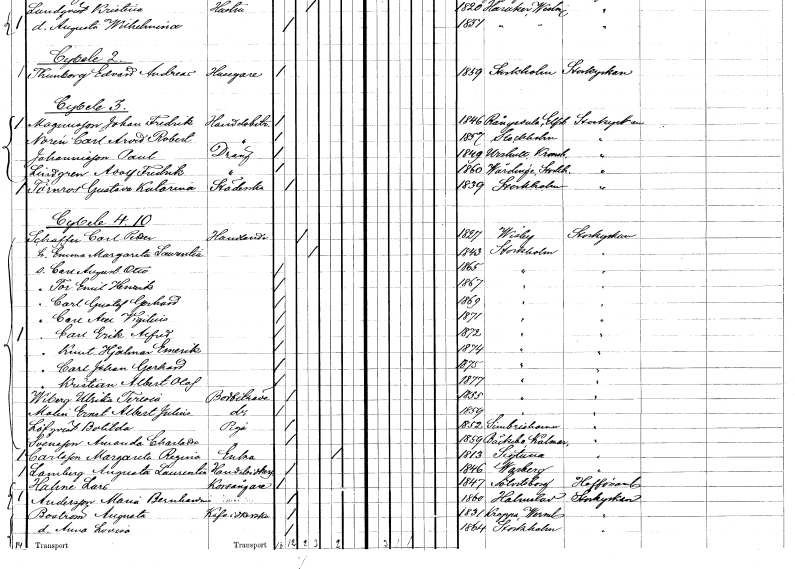
gt_parse: households: individuals: FN: Paul
EN: Johannisson
YRKE: Dräng
KON: M
CIV: O
FODAR: 1849
FODFORS: Urshult Kronobergs län
FN: Adolf Fredrik
EN: Lindgren
YRKE: Dräng
KON: M
CIV: O
FODAR: 1860
FODFORS: Vårdinge Stockholms län
FN: Gustava Katarina
EN: Törnros
YRKE: Städerska
KON: K
CIV: O
FODAR: 1839
FODFORS: Stockholm
FN: Carl Petter
EN: Schaffer
YRKE: Handlande
KON: M
CIV: G
FODAR: 1817
FODFORS: Visby Gotlands län
FN: Emma Margareta Laurentia
KON: K
CIV: G
FODAR: 1843
FODFORS: Stockholm
FN: Carl August Otto
KON: M
CIV: O
FODAR: 1865
FODFORS: Stockholm
FN: Tor Emil Henrik
KON: M
CIV: O
FODAR: 1867
FODFORS: Stockholm
FN: Carl Gustaf Gerhard
KON: M
CIV: O
FODAR: 1869
FODFORS: Stockholm
FN: Carl Axel Vigilius
KON: M
CIV: O
FODAR: 1871
FODFORS: Stockholm
FN: Carl Erik Alfred
KON: M
CIV: O
FODAR: 1872
FODFORS: Stockholm
FN: Knut Hjalmar Emerik
KON: M
CIV: O
FODAR: 1874
FODFORS: Stockholm
FN: Carl Johan Gerhard
KON: M
CIV: O
FODAR: 1875
FODFORS: Stockholm
FN: Kristian Albert Olof
KON: M
CIV: O
FODAR: 1877
FODFORS: Stockholm
FN: Ulrika Teresia
EN: Wiberg
YRKE: Bodbiträde
KON: K
CIV: O
FODAR: 1855
FODFORS: Stockholm
FN: Ernst Albert Julius
EN: Molin
YRKE: Bodbiträde
KON: M
CIV: O
FODAR: 1859
FODFORS: Stockholm
FN: Botilda
EN: Löfqvist
YRKE: Piga
KON: K
CIV: O
FODAR: 1852
FODFORS: Simrishamn Kristianstads län
FN: Amanda Charlotta
EN: Svensson
YRKE: Piga
KON: K
CIV: O
FODAR: 1859
FODFORS: Bäckebo Kalmar län
FN: Margareta Regina
EN: Carlsson
YRKE: Änka
KON: K
CIV: E
FODAR: 1813
FODFORS: Sigtuna Stockholms län
FN: Augusta Laurentia
EN: Lamberg
YRKE: Handelsidkerska
KON: K
CIV: O
FODAR: 1846
FODFORS: Varberg Hallands län
FN: Lars
EN: Hahne
YRKE: Korsångare
KON: M
CIV: O
FODAR: 1847
FODFORS: Sölvesborg Blekinge län
FN: Maria Bernhardina
EN: Andersson
KON: K
CIV: O
FODAR: 1860
FODFORS: Halmstad Hallands län
FN: Augusta
EN: Boström
YRKE: Kaféidkerska
KON: K
CIV: O
FODAR: 1831
FODFORS: Kroppa Värmlands län
FN: Anna Lovisa
KON: K
CIV: O
FODAR: 1864
FODFORS: Stockholm